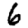
Digit: 6